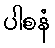
ပါစနံ